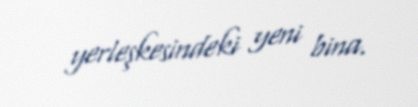
yerleşkesindeki yeni bina.